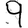
Digit: 9